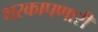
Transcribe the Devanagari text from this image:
थरकापणारी